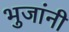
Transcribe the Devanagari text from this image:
भुजांनी